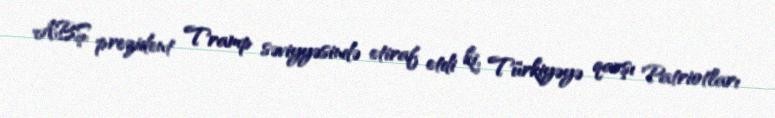
ABŞ prezident Tramp səviyyəsində etiraf etdi ki, Türkiyəyə qarşı Patriotları